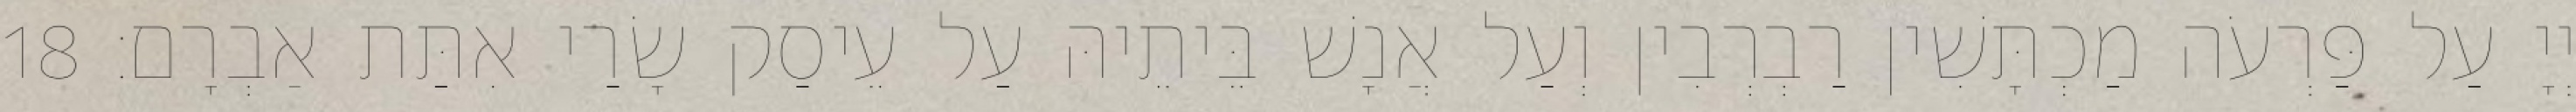
יְיָ עַל פַּרְעֹה מַכְתָּשִׁין רַבְרְבִין וְעַל אֲנָשׁ בֵּיתֵיהּ עַל עֵיסַק שָׂרַי אִתַּת אַבְרָם׃ 18